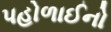
પહોળાઈનો